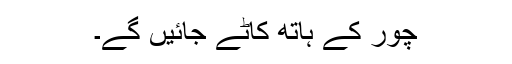
چور کے ہاتھ کاٹے جائیں گے۔